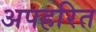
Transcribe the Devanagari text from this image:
अपहरित